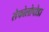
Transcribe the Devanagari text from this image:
सेफोलोपोडा